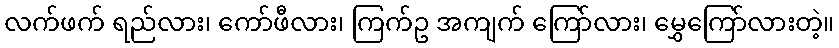
လက်ဖက် ရည်လား၊ ကော်ဖီလား၊ ကြက်ဥ အကျက် ကြော်လား၊ မွှေကြော်လားတဲ့။